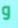
و